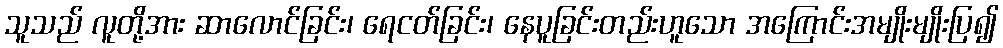
သူသည် လူတို့အား ဆာလောင်ခြင်း၊ ရေငတ်ခြင်း၊ နေပူခြင်းတည်းဟူသော အကြောင်းအမျိုးမျိုးပြ၍